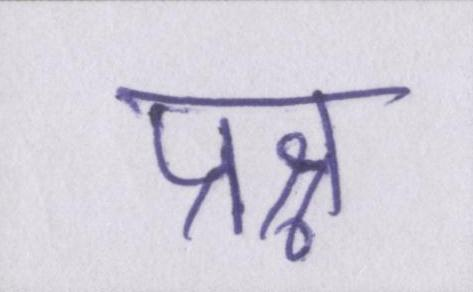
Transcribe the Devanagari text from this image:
प्रश्न